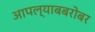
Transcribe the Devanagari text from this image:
आपल्याबबरोबर